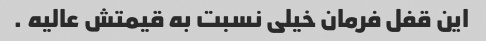
این قفل فرمان خیلی نسبت به قیمتش عالیه .